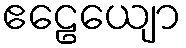
ဧဠေယျော